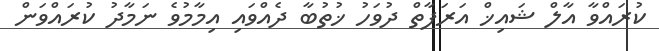
ކުރައްވާ އާލް ޝައިޚް އަރަފާތް ދުވަހު ޚުތުބާ ދެއްވައި އިމާމުވެ ނަމާދު ކުރައްވަން